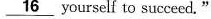
\underline{16} yourself to succeed.”